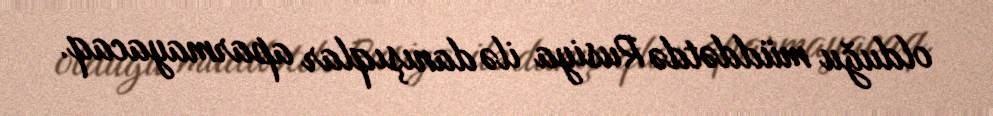
olduğu müddətdə Rusiya ilə danışıqlar aparmayacaq.